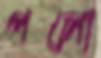
পলো